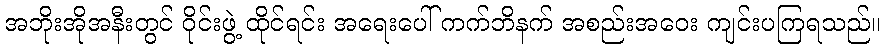
အဘိုးအိုအနီးတွင် ဝိုင်းဖွဲ့ ထိုင်ရင်း အရေးပေါ် ကက်ဘိနက် အစည်းအဝေး ကျင်းပကြရသည်။